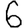
Digit: 6